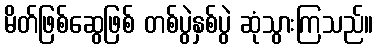
မိတ်ဖြစ်ဆွေဖြစ် တစ်ပွဲနှစ်ပွဲ ဆုံသွားကြသည်။